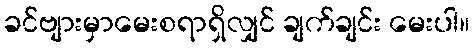
ခင်ဗျားမှာမေးစရာရှိလျှင် ချက်ချင်း မေးပါ။